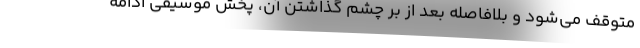
متوقف می‌شود و بلافاصله بعد از بر چشم گذاشتن آن، پخش موسیقی ادامه